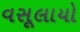
વસૂલાયો